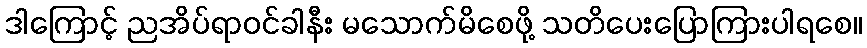
ဒါကြောင့် ညအိပ်ရာဝင်ခါနီး မသောက်မိစေဖို့ သတိပေးပြောကြားပါရစေ။